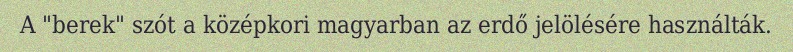
A "berek" szót a középkori magyarban az erdő jelölésére használták.